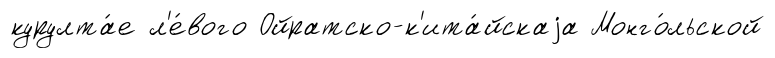
курулта́е л'е́вого Ойратско-к'ита́йскаjа Монго́льской